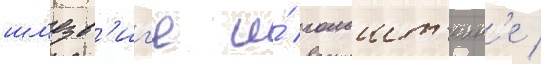
шл'езв'иг'е и́ гольшт'еин'е /